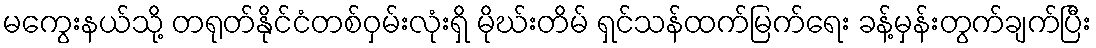
မကွေးနယ်သို့ တရုတ်နိုင်ငံတစ်ဝှမ်းလုံးရှိ မိုဃ်းတိမ် ရှင်သန်ထက်မြက်ရေး ခန့်မှန်းတွက်ချက်ပြီး